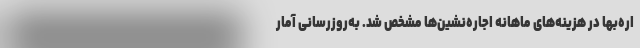
اره‌بها در هزینه‌های ماهانه اجاره‌نشین‌ها مشخص شد. به‌روزرسانی آمار